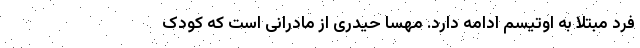
فرد مبتلا به اوتیسم ادامه دارد. مهسا حیدری از مادرانی است که کودک